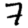
Digit: 7